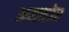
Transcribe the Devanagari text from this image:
अमाडोर